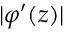
| \varphi ^ { \prime } ( z ) |